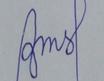
Signature authenticity: forged